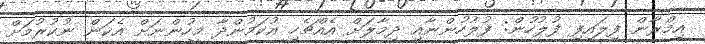
އިމްރާން ފިލައިފި ފުލުހުން: ފުލުހުންނާއި ދިމާލަށް އެއްޗެހި އުކަމުންދާ މީހުންނަށް އެކަން ނުކުރުމަށް